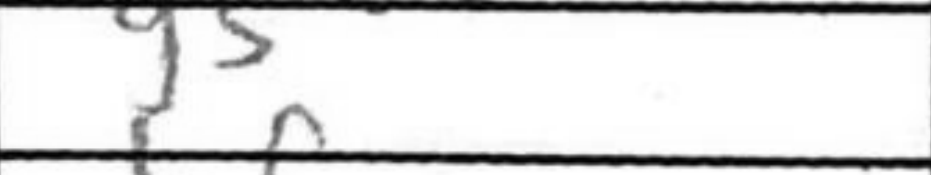
Transcription: g5